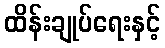
ထိန်းချုပ်ရေးနှင့်